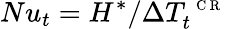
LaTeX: Nu_{t}=H^{*}/\Delta T_{t}^{\mathrm{~\scriptsize~C~R~}}